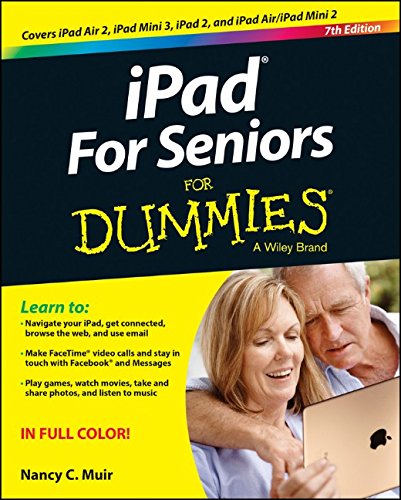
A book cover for iPad For Seniors For Dummies; Nancy C. Muir; Computers & Technology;